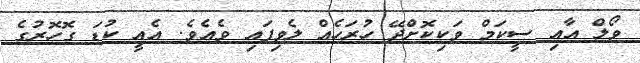
ވޯލް އާއި ސީކަމް ވަކިކޮށްދޭ ހުރަހެއް ލެވިފައި ވެއެވެ. އެއީ ކުޑަ ގޮހޮރުގެ